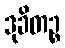
ဒုခိတဉ္စ